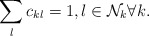
\begin{align*}\sum\limits_{l} c_{kl} =1 , l\in \mathcal{N}_k \forall k .\end{align*}